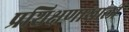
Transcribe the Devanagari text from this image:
प्रशिक्षणाखाली